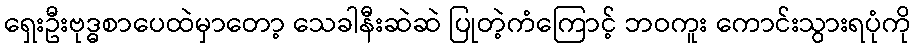
ရှေးဦးဗုဒ္ဓစာပေထဲမှာတော့ သေခါနီးဆဲဆဲ ပြုတဲ့ကံကြောင့် ဘဝကူး ကောင်းသွားရပုံကို